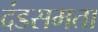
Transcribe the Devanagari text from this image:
दंडसमता